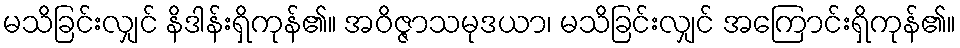
မသိခြင်းလျှင် နိဒါန်းရှိကုန်၏။ အဝိဇ္ဇာသမုဒယာ၊ မသိခြင်းလျှင် အကြောင်းရှိကုန်၏။